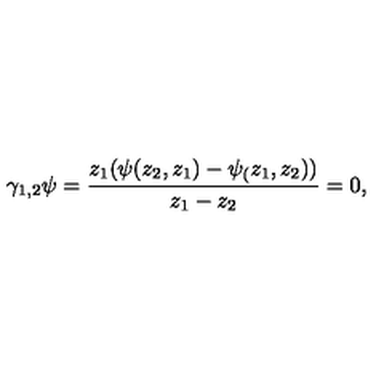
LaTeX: \gamma _ { 1 , 2 } \psi = \frac { z _ { 1 } ( \psi ( z _ { 2 } , z _ { 1 } ) - \psi _ { ( } z _ { 1 } , z _ { 2 } ) ) } { z _ { 1 } - z _ { 2 } } = 0 ,